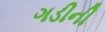
ગડીની